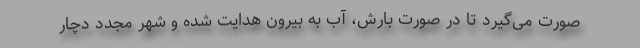
صورت می‌گیرد تا در صورت بارش، آب به بیرون هدایت شده و شهر مجدد دچار